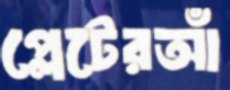
প্লেটেরআঁ